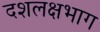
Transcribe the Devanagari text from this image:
दशलक्षभाग